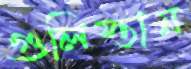
গুলিস্তান